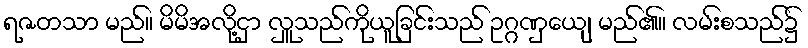
ရဇတသာ မည်။ မိမိအလို့ငှာ လှူသည်ကိုယူခြင်းသည် ဥဂ္ဂဏှေယျ မည်၏။ လမ်းစသည်၌